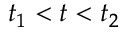
t _ { 1 } < t < t _ { 2 }